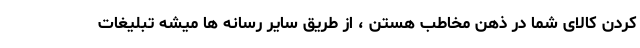
کردن کالای شما در ذهن مخاطب هستن ، از طریق سایر رسانه ها میشه تبلیغات